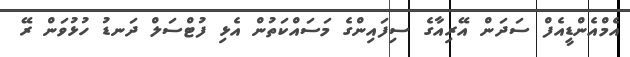
އެމްއެންޑީއެފް ސަދަން އޭރިއާގެ ސިފައިންގެ މަސައްކަތުން އެޅި ފުޓްސަލް ދަނޑު ހުޅުވަން ރޭ